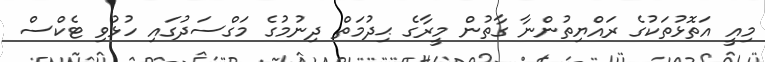
މިއީ އަތޮޅުތަކުގެ ރައްޔިތުންނާ ގާތުން މީރާގެ ޙިދުމަތް ދިނުމުގެ މަގްސަދުގައި ހުޅުވި ޓެކްސް